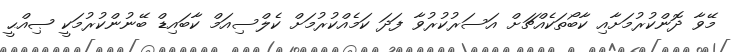
މޭވާ ދޮންކުރުމަށާއި ކާބޯތަކެއްޗަށް އަސަރުކުރުވާ ފަދަ ކަމެއްކުރުމަށް ކެލްސިއަމް ކާބައިޑް ބޭނުންކުރުމަކީ ޞިއްޙީ